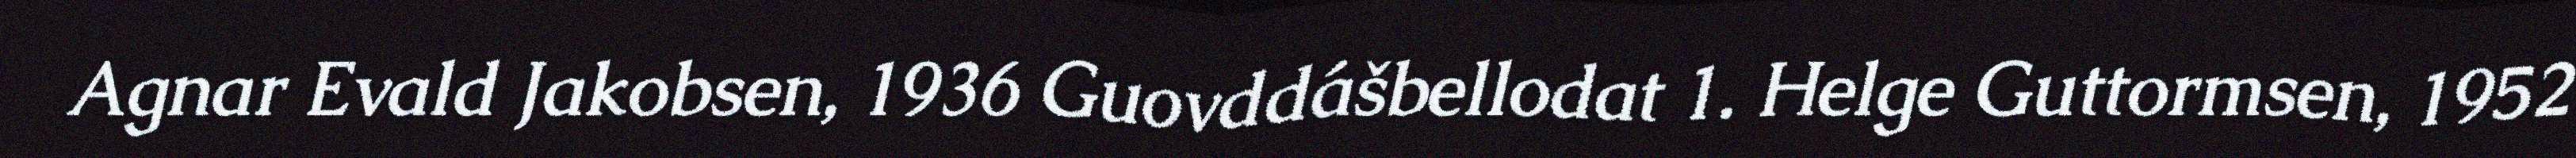
Agnar Evald Jakobsen, 1936 Guovddášbellodat 1. Helge Guttormsen, 1952